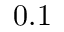
0 . 1